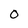
Character: O